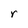
Character: r